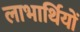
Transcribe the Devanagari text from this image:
लाभार्थियों